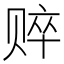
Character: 𰷤